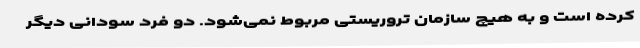
کرده است و به هیچ سازمان تروریستی مربوط نمی‌شود. دو فرد سودانی دیگر